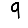
Digit: 9